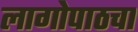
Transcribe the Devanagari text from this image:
लागोपाठचा